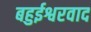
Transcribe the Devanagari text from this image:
बहुईश्वरवाद